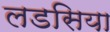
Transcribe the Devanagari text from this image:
लडसिया